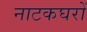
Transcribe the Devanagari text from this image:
नाटकघरों